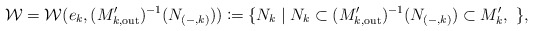
\begin{align*} \mathcal W = \mathcal W(e_k, (M'_{k,\mathrm{out}})^{-1}(N_{(-,k)})) \coloneqq \{ N_k \mid N_k\subset (M'_{k,\mathrm{out}})^{-1}(N_{(-,k)})\subset M_k',\ \},\end{align*}